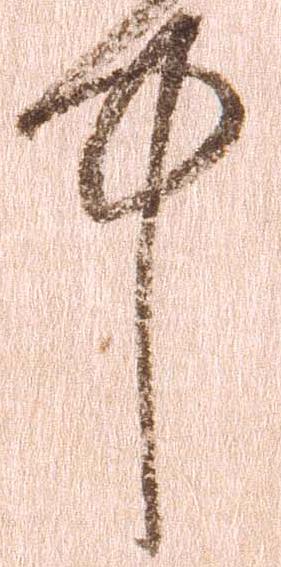
中